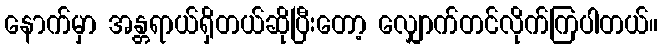
နောက်မှာ အန္တရာယ်ရှိတယ်ဆိုပြီးတော့ လျှောက်တင်လိုက်ကြပါတယ်။